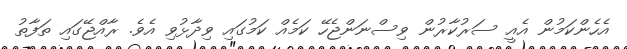
އެހެންކަމުން އެއީ ސަރުކާރުން ވިސްނަންޖެހޭ ކަމެއް ކަމުގައި ވިދާޅުވި އެވެ. ރާއްޖޭގައި ތަފާތު